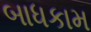
બાધકામ